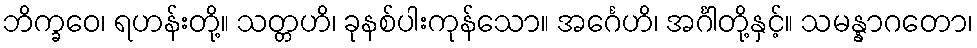
ဘိက္ခဝေ၊ ရဟန်းတို့။ သတ္တဟိ၊ ခုနစ်ပါးကုန်သော။ အင်္ဂေဟိ၊ အင်္ဂါတို့နှင့်။ သမန္နာဂတော၊